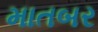
માતબર